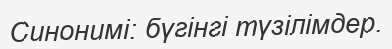
Синонимі: бүгінгі түзілімдер.